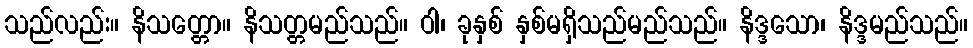
သည်လည်း။ နိသတ္တော။ နိသတ္တမည်သည်။ ဝါ၊ ခုနှစ် နှစ်မရှိသည်မည်သည်။ နိဒ္ဒသော၊ နိဒ္ဒမည်သည်။